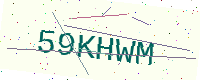
Text: 59KHWM